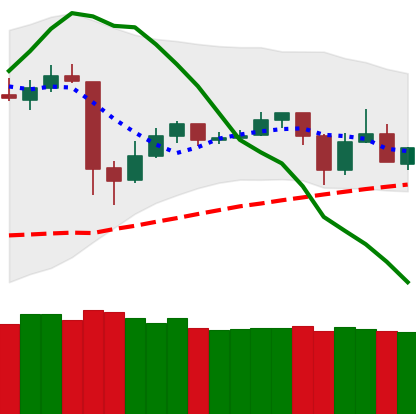
Ticker: TRX-USD
Chart end date: 2020-05-25
Forward return: 10.663%
Label: up_7plus